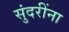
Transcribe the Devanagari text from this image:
सुंदरींना